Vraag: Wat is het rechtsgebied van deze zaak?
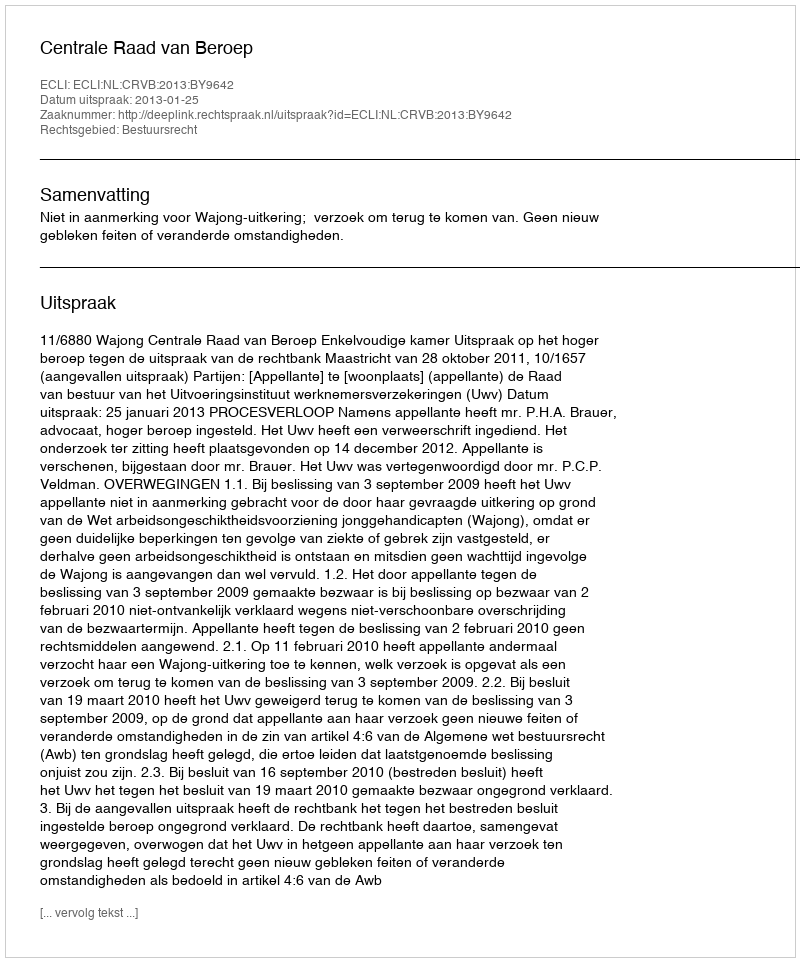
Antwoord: Bestuursrecht